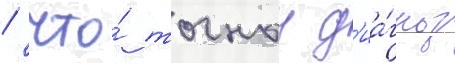
/ что́ точныи д'иа́гноз